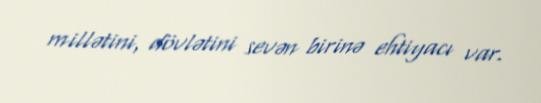
millətini, dövlətini sevən birinə ehtiyacı var.